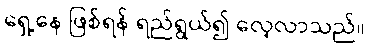
ရှေ့နေ ဖြစ်ရန် ရည်ရွယ်၍ လေ့လာသည်။